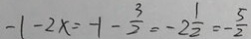
- 1 - 2 x = - 1 - \frac { 3 } { 2 } = - 2 \frac { 1 } { 2 } = - \frac { 5 } { 2 }